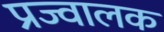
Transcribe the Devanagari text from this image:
प्रज्वालक